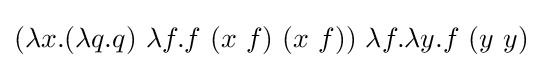
(\lambda x.(\lambda q.q)\ \lambda f.f\ (x\ f)\ (x\ f))\ \lambda f.\lambda y.f\ (y\ y)